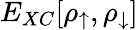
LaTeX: E_{XC}[\rho_{\uparrow},\rho_{\downarrow}]